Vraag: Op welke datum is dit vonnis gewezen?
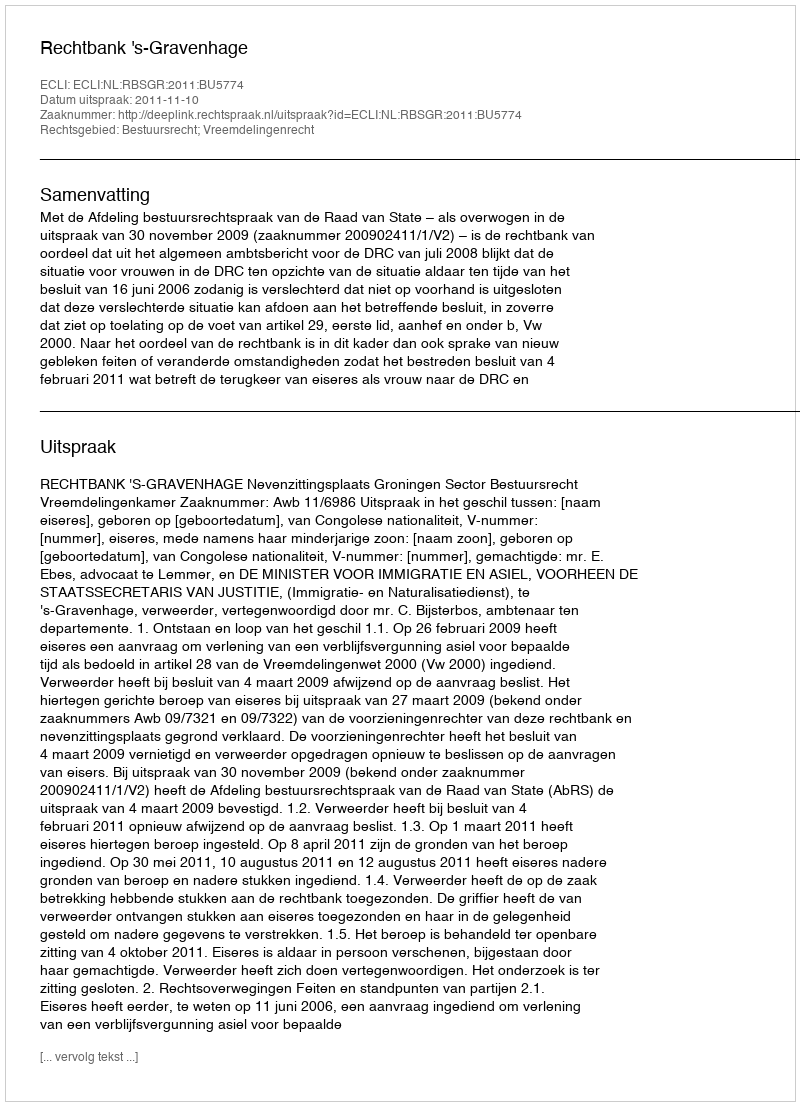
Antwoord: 2011-11-10